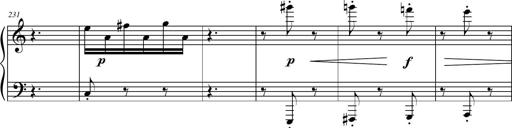
Title: Petite Sonatine
Composer: Richard St. Clair